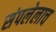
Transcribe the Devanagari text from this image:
संपलेलाच